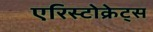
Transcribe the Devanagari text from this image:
एरिस्टोक्रेट्स